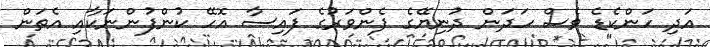
އަދި ހަންކެޑެ ވެސް ހަދަން ދުނިޔޭގެ ފެންވަރުގެ ފައިސާ އޮހޭ ކުންފުންނަކާއި އެތަން